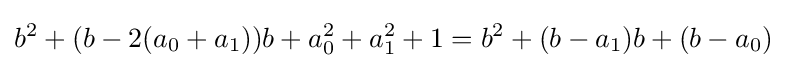
b^{2}+(b-2(a_{0}+a_{1}))b+a_{0}^{2}+a_{1}^{2}+1=b^{2}+(b-a_{1})b+(b-a_{0})